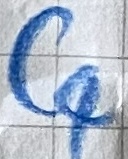
Text: C4